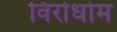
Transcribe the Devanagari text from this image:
विरोधोम